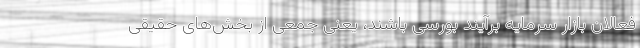
فعالان بازار سرمایه برآیند بورسی باشند، یعنی جمعی از بخش‌های حقیقی